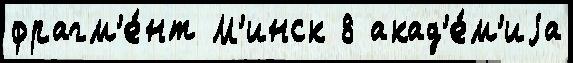
фрагм'е́нт М'инск 8 акад'е́м'иjа